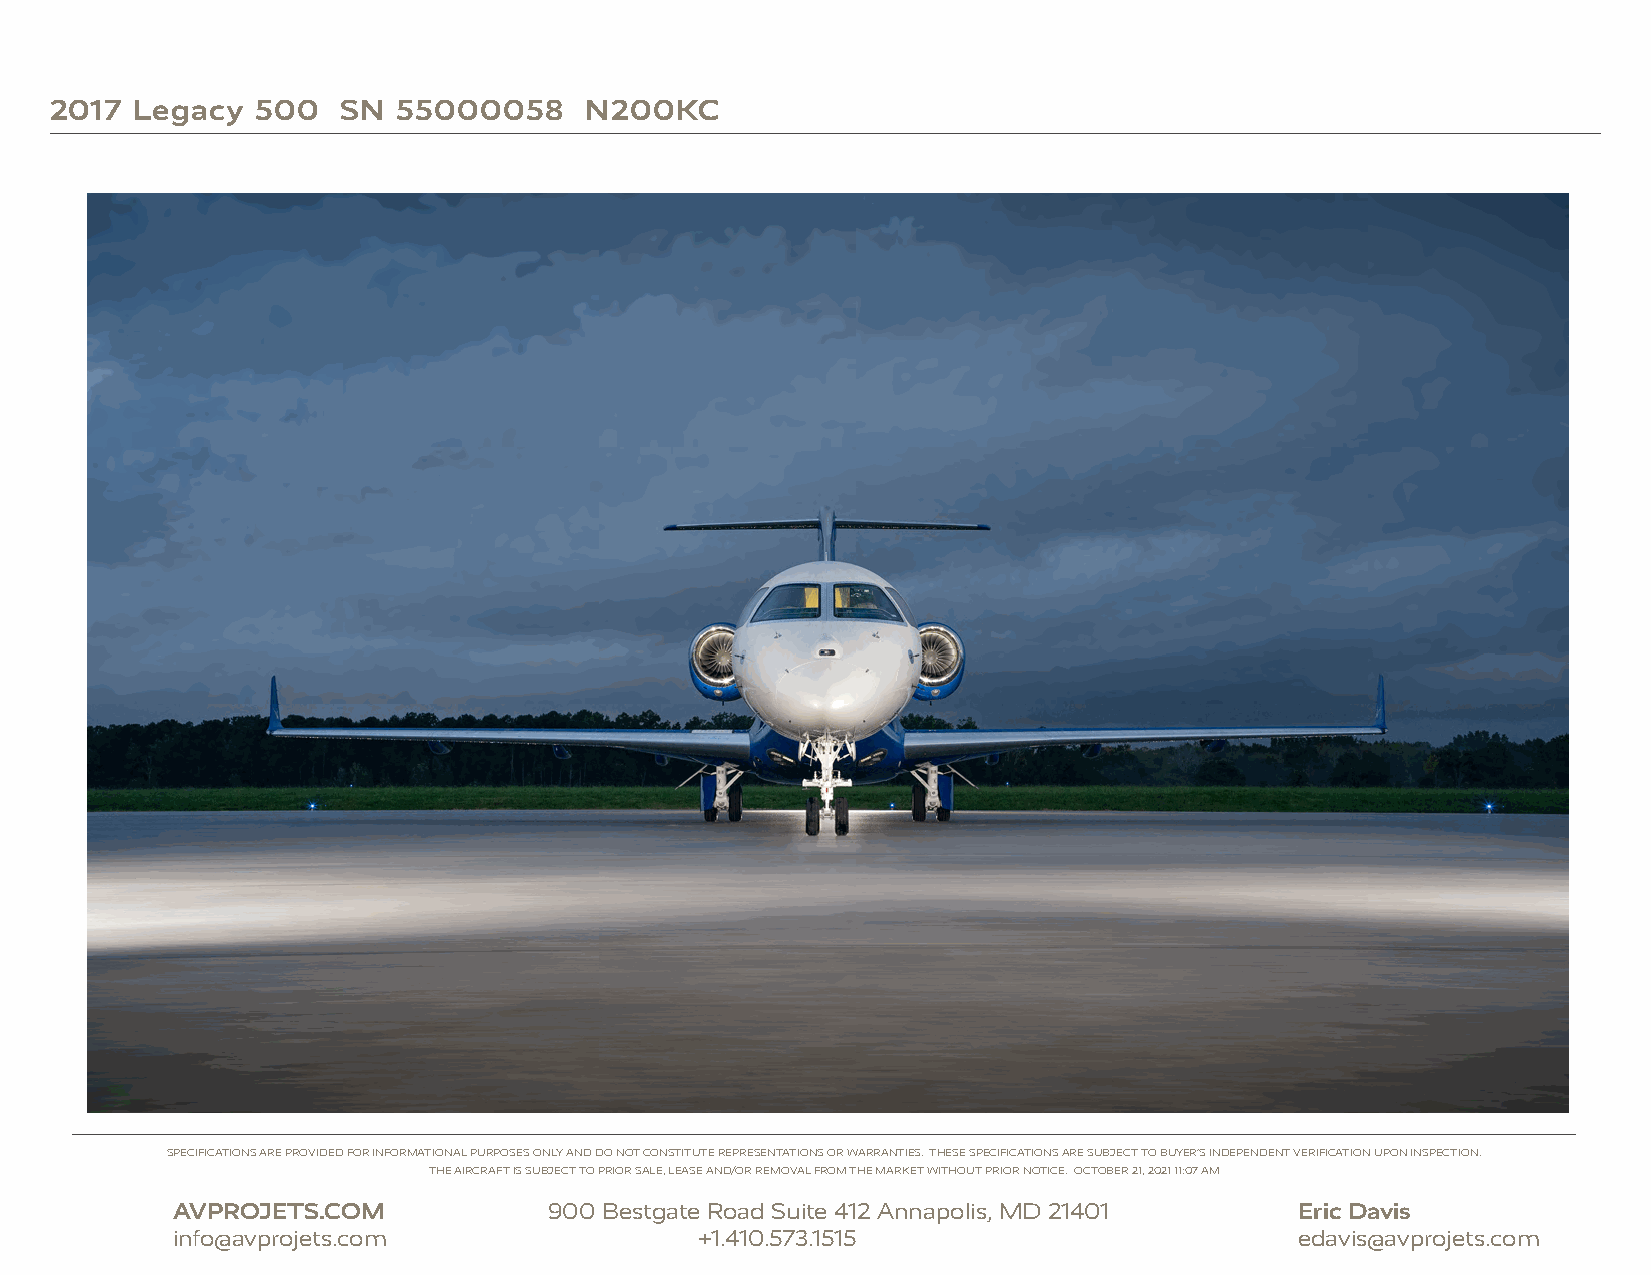
2017  Legacy  500   SN 55000058     N200KC
 SPECIFICATIONS ARE PROVIDED FOR INFORMATIONAL PURPOSES ONLY AND DO NOT CONSTITUTE REPRESENTATIONS OR WARRANTIES. THESE SPECIFICATIONS ARE SUBJECT TO BUYER’S INDEPENDENT VERIFICATION UPON INSPECTION.
 THE AIRCRAFT IS SUBJECT TO PRIOR SALE, LEASE AND/OR REMOVAL FROM THE MARKET WITHOUT PRIOR NOTICE. OCTOBER 21, 2021 11:07 AM
 AVPROJETS.COM            900 Bestgate Road Suite 412 Annapolis, MD 21401   Eric Davis
 info@avprojets.com                 +1.410.573.1515                         edavis@avprojets.com